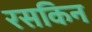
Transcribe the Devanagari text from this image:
रसकिन